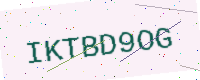
Text: IKTBD9OG